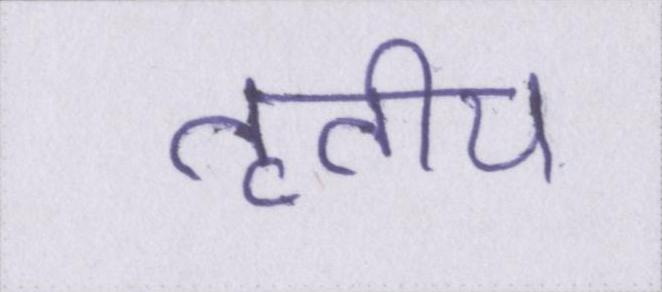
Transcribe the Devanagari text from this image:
तृतीय